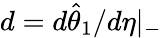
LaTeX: d=d\hat{\theta}_{1}/d\eta|_{-}